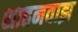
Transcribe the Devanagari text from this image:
शाहनवाझ